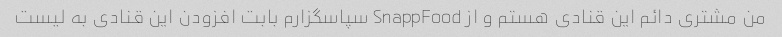
من مشترى دائم این قنادى هستم و از SnappFood سپاسگزارم بابت افزودن این قنادى به لیست